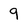
Character: 9